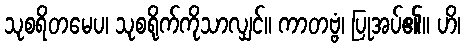
သုစရိတမေပ၊ သုစရိုက်ကိုသာလျှင်။ ကာတဗ္ဗံ၊ ပြုအပ်၏။ ဟိ၊